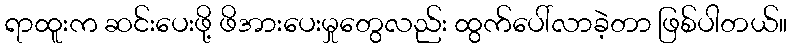
ရာထူးက ဆင်းပေးဖို့ ဖိအားပေးမှုတွေလည်း ထွက်ပေါ်လာခဲ့တာ ဖြစ်ပါတယ်။